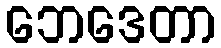
ဘေဒေတာ